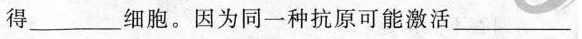
得___细胞。因为同一种抗原可能激活___